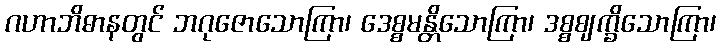
ဂဟာဘိဓာနတွင် ဘဂုဇောသောကြာ၊ ဒေစ္စမန္တိသောကြာ၊ ဒစ္စဈက္ခိသောကြာ၊